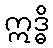
ဣဒ္ဓိ